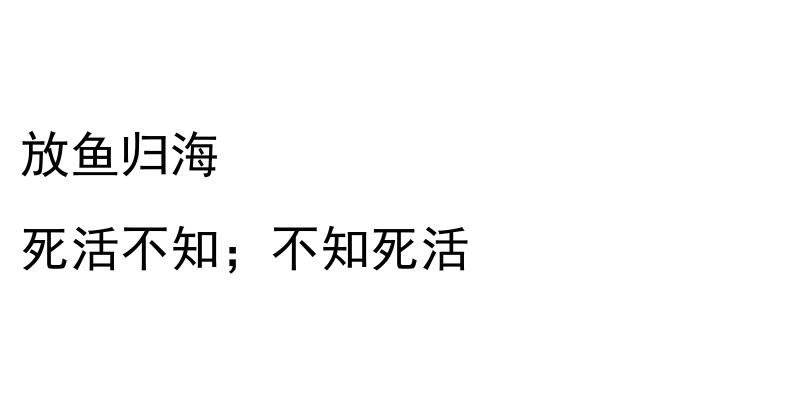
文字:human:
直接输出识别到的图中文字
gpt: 放鱼归海 死活不知；不知死活